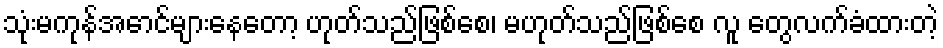
သုံးမကုန်အောင်များနေတော့ ဟုတ်သည်ဖြစ်စေ၊ မဟုတ်သည်ဖြစ်စေ လူ တွေလက်ခံထားတဲ့